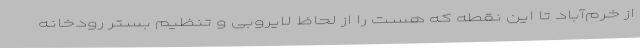
از خرم‌آباد تا این نقطه که هست را از لحاظ لایروبی و تنظیم بستر رودخانه